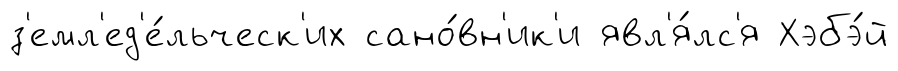
з'емл'ед'е́льческ'их сано́вн'ик'и явл'я́лс'я Хэбэ́й